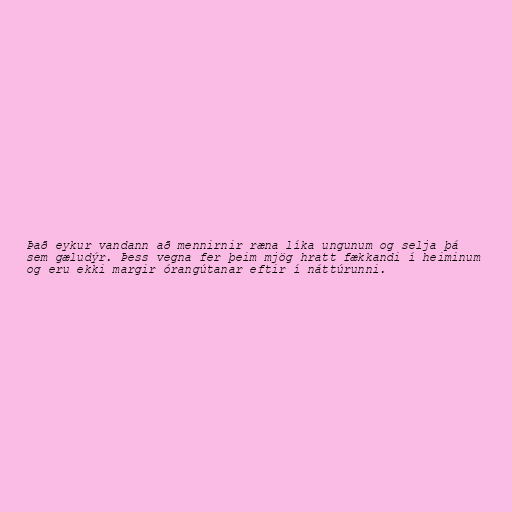
Það eykur vandann að mennirnir ræna líka ungunum og selja þá
sem gæludýr. Þess vegna fer þeim mjög hratt fækkandi í heiminum
og eru ekki margir órangútanar eftir í náttúrunni.